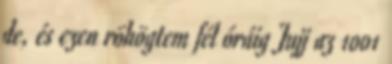
de, és ezen röhögtem fél óráig Jujj az 1001